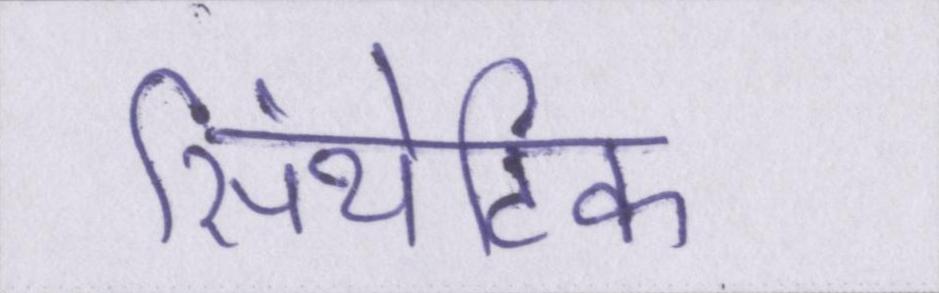
सिंथेटिक